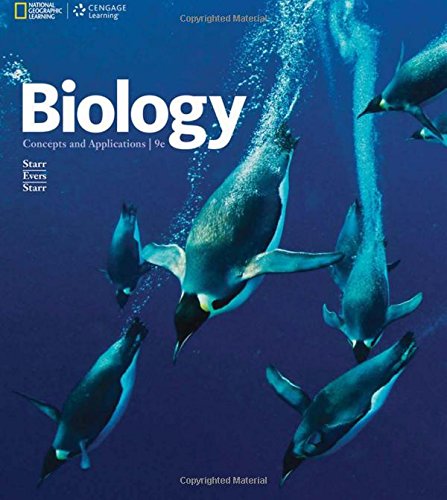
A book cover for Biology: Concepts and Applications; Cecie Starr; Science & Math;